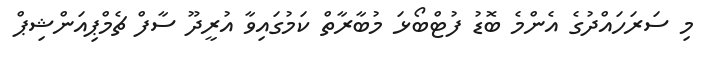
މި ސަރަހައްދުގެ އެންމެ ބޮޑު ފުޓްބޯޅަ މުބާރާތް ކަމުގައިވާ އުރީދޫ ސާފް ޗެމްޕިއަންޝިޕް